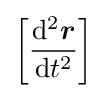
\left[{\frac {\mathrm {d} ^{2}{\boldsymbol {r}}}{\mathrm {d} t^{2}}}\right]